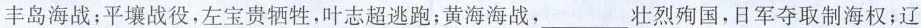
丰岛海战；平壤战役，左宝贵牺牲，叶志超逃跑；黄海海战，___壮烈殉国，日军夺取制海权；辽